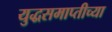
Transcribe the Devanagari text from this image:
युद्धसमाप्तीच्या